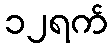
၁၂ရက်